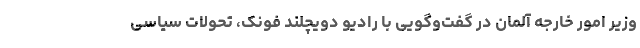
وزیر امور خارجه آلمان در گفت‌وگویی با رادیو دویچلند فونک، تحولات سیاسی